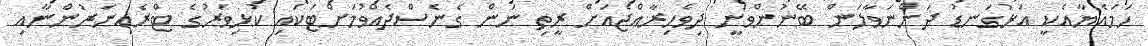
ހަމައެޔާއެކީ އަޅުގަނޑު ދަންނަވާލަން ބޭނުންވަނީ ދިވެހިރާއްޖެއަށް ރީތި ނަން ގެނެސްދެއްވުމަށްޓަކައި ކުޅިވަރުގެ ޓްރެއިނަރުންނާއި